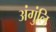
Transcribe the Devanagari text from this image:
अंगुंलि